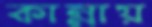
কান্নায়